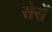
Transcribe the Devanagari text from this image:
सेरों